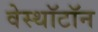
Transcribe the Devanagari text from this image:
वेस्थॉटॉन